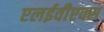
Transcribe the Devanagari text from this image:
एलईवीएक्स